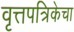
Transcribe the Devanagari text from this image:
वृत्तपत्रिकेचा